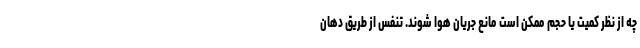
چه از نظر کمیت یا حجم ممکن است مانع جریان هوا شوند. تنفس از طریق دهان